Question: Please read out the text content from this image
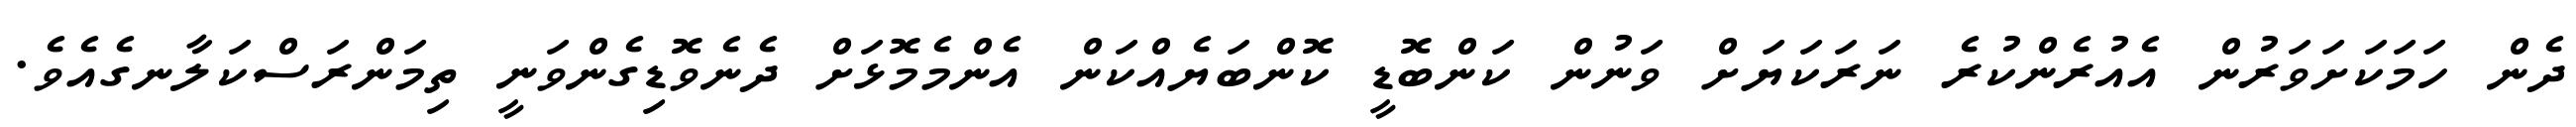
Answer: ދެން ހަމަކަށަވަރުން އެއުރެންކުރެ ނަރަކަޔަށް ވަނުން ކަންބޮޑީ ކޮންބަޔެއްކަން އެންމެމޮޅަށް ދެނެވޮޑިގެންވަނީ ތިމަންރަސްކަލާނގެއެވެ.